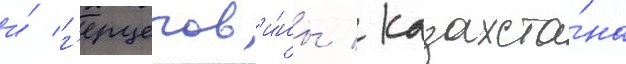
и́ г'ерцегов'и́ны / казахста́на